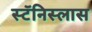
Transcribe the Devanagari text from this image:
स्टॅनिस्लास